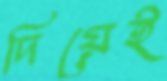
দিয়েই